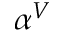
\alpha ^ { V }